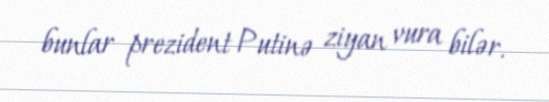
bunlar prezident Putinə ziyan vura bilər.